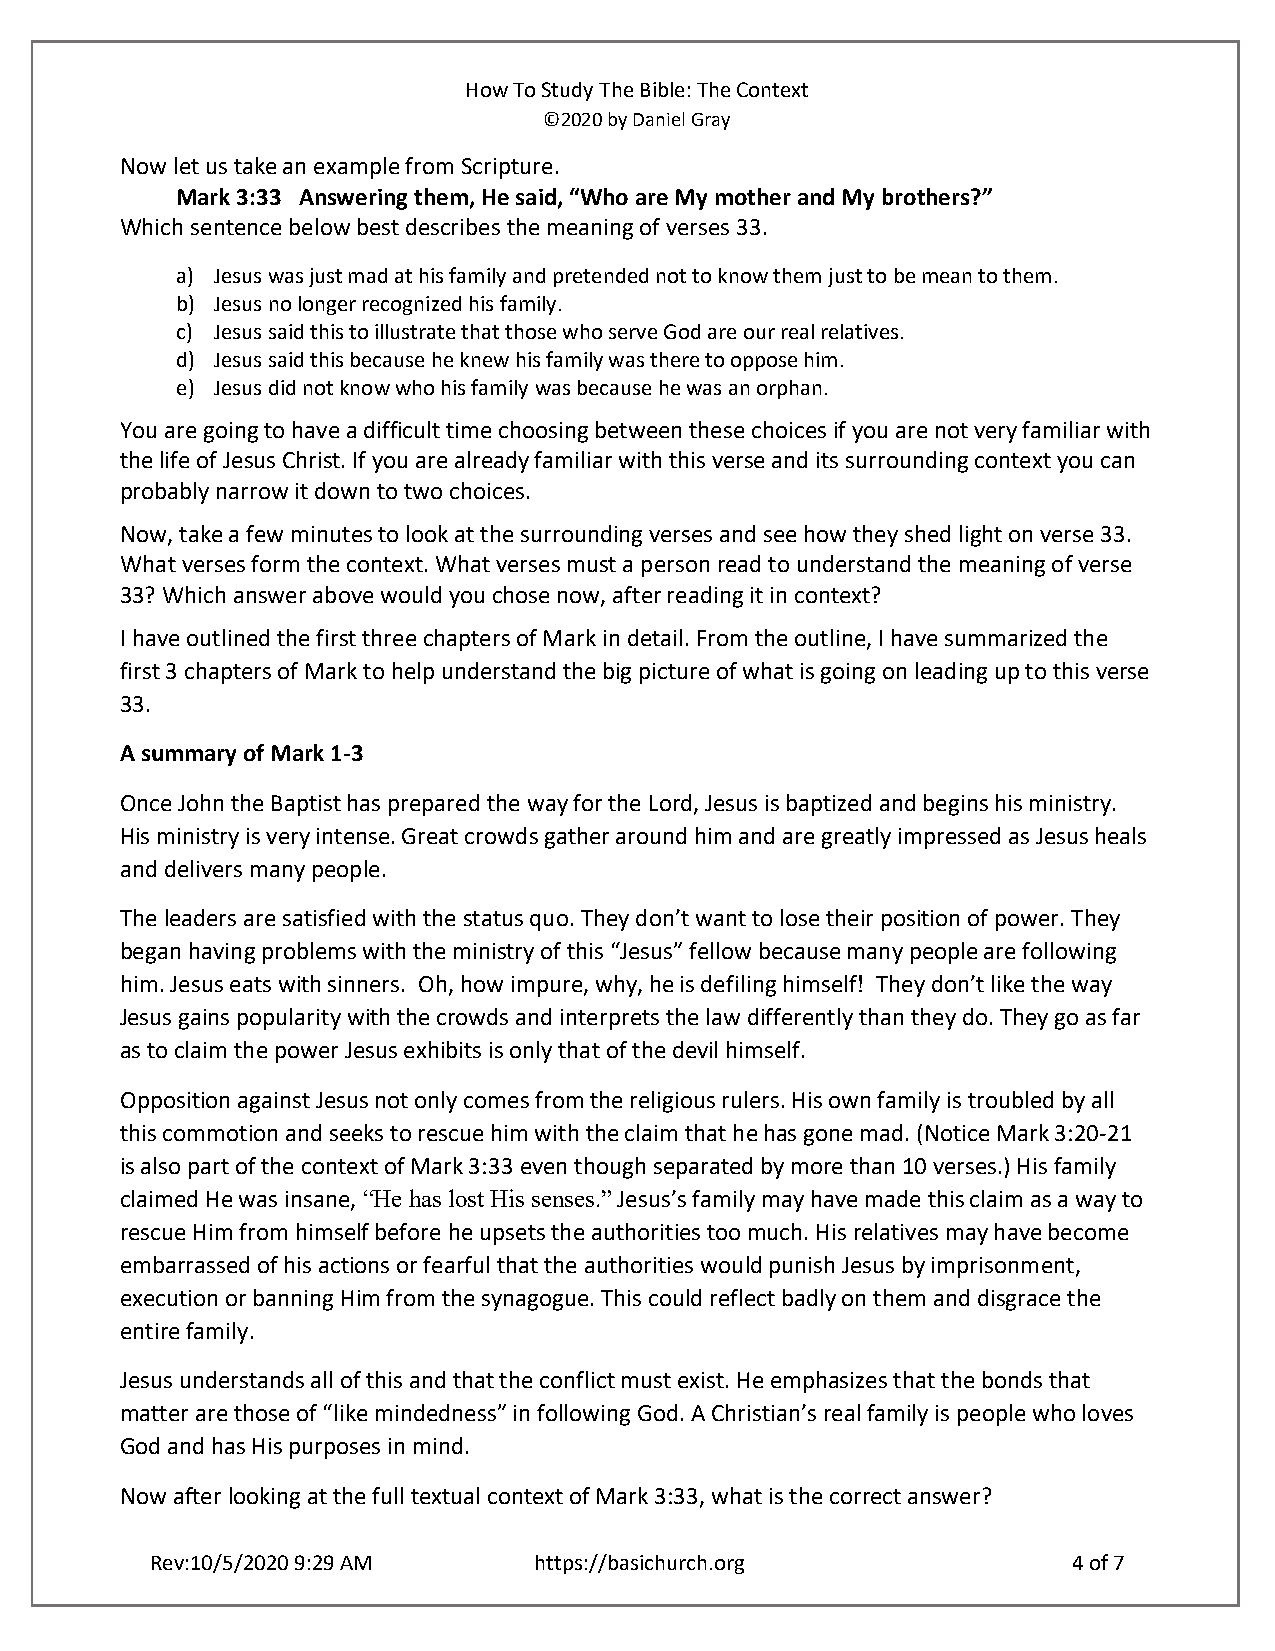
How To Study The Bible: The Context
 ©2020 by Daniel Gray
 Now let us take an example from Scripture.
 Mark 3:33 Answering them, He said, “Who are My mother and My brothers?”
 Which sentence below best describes the meaning of verses 33.
 a) Jesus was just mad at his family and pretended not to know them just to be mean to them.
 b) Jesus no longer recognized his family.
 c) Jesus said this to illustrate that those who serve God are our real relatives.
 d) Jesus said this because he knew his family was there to oppose him.
 e) Jesus did not know who his family was because he was an orphan.
 You are going to have a difficult time choosing between these choices if you are not very familiar with
 the life of Jesus Christ. If you are already familiar with this verse and its surrounding context you can
 probably narrow it down to two choices.
 Now, take a few minutes to look at the surrounding verses and see how they shed light on verse 33.
 What verses form the context. What verses must a person read to understand the meaning of verse
 33? Which answer above would you chose now, after reading it in context?
 I have outlined the first three chapters of Mark in detail. From the outline, I have summarized the
 first 3 chapters of Mark to help understand the big picture of what is going on leading up to this verse
 33.
 A summary of Mark 1-3
 Once John the Baptist has prepared the way for the Lord, Jesus is baptized and begins his ministry.
 His ministry is very intense. Great crowds gather around him and are greatly impressed as Jesus heals
 and delivers many people.
 The leaders are satisfied with the status quo. They don’t want to lose their position of power. They
 began having problems with the ministry of this “Jesus” fellow because many people are following
 him. Jesus eats with sinners. Oh, how impure, why, he is defiling himself! They don’t like the way
 Jesus gains popularity with the crowds and interprets the law differently than they do. They go as far
 as to claim the power Jesus exhibits is only that of the devil himself.
 Opposition against Jesus not only comes from the religious rulers. His own family is troubled by all
 this commotion and seeks to rescue him with the claim that he has gone mad. (Notice Mark 3:20-21
 is also part of the context of Mark 3:33 even though separated by more than 10 verses.) His family
 claimed He was insane, “He has lost His senses.” Jesus’s family may have made this claim as a way to
 rescue Him from himself before he upsets the authorities too much. His relatives may have become
 embarrassed of his actions or fearful that the authorities would punish Jesus by imprisonment,
 execution or banning Him from the synagogue. This could reflect badly on them and disgrace the
 entire family.
 Jesus understands all of this and that the conflict must exist. He emphasizes that the bonds that
 matter are those of “like mindedness” in following God. A Christian’s real family is people who loves
 God and has His purposes in mind.
 Now after looking at the full textual context of Mark 3:33, what is the correct answer?
 Rev:10/5/2020 9:29 AM    https://basichurch.org              4 of 7